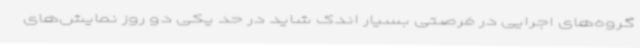
گروه‌های اجرایی در فرصتی بسیار اندک شاید در حد یکی دو روز نمایش‌های